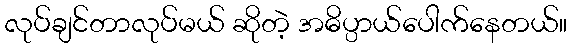
လုပ်ချင်တာလုပ်မယ် ဆိုတဲ့ အဓိပ္ပာယ်ပေါက်နေတယ်။